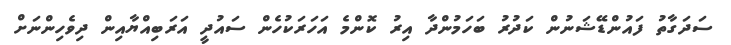
ސަދަގާތު ފައުންޑޭޝަނުން ކަދުރު ބަހަމުންދާ އިރު ކޮންމެ އަހަރަކުހެން ސައުދީ އަރަބިއްޔާއިން ދިވެހިންނަށް